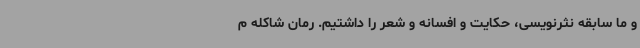
و ما سابقه نثرنویسی، حکایت و افسانه و شعر را داشتیم. رمان شاکله م